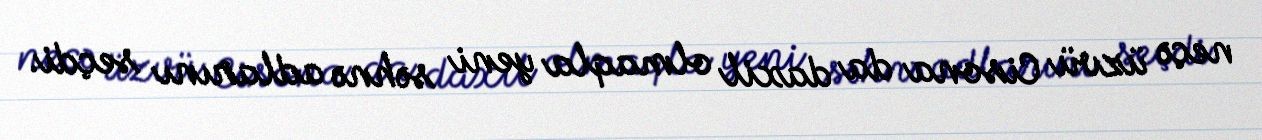
neçə üzvü Cisona da daxil olmaqla yeni səhnə adlarını seçdi.